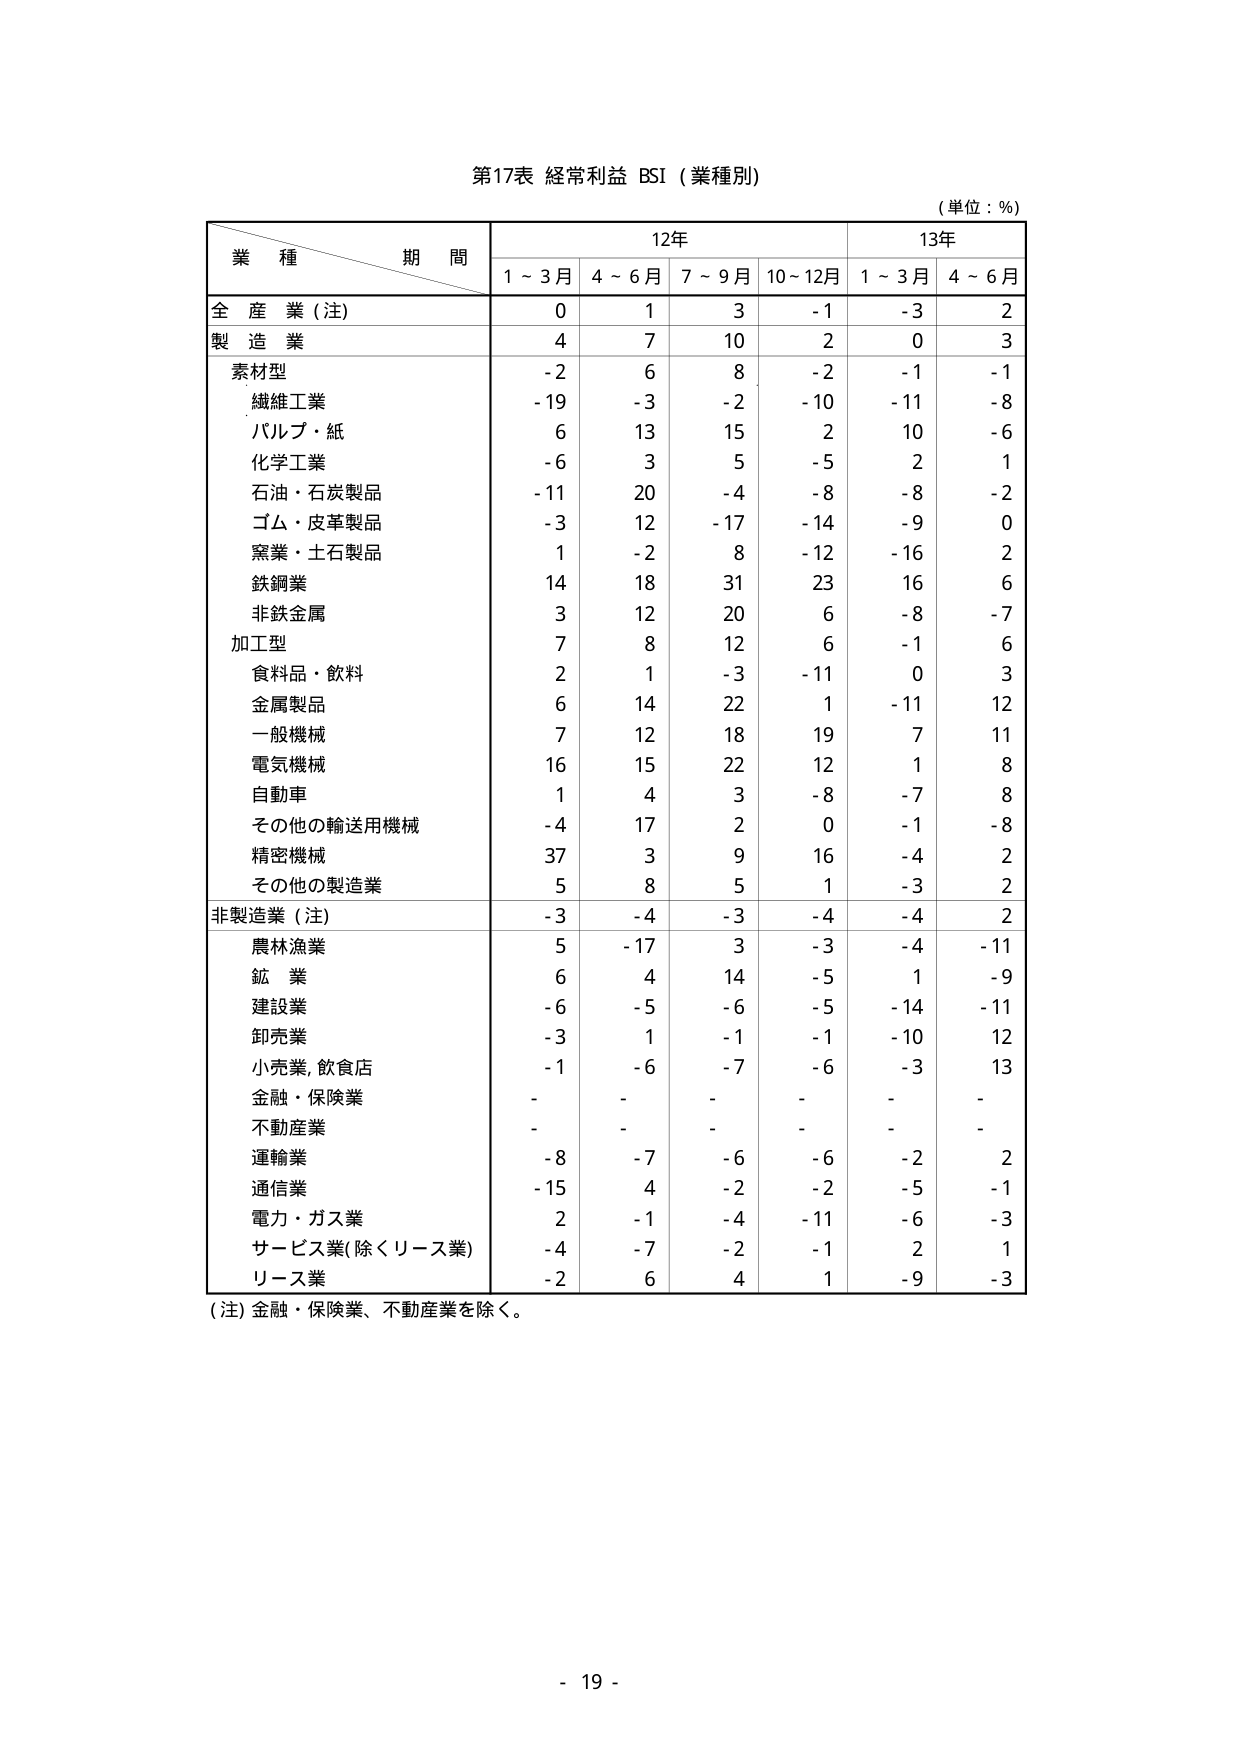
第17表 経常利益 BSI（業種別）
（単位：％）

業種 期間